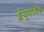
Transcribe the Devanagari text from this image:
ईयूमध्येच